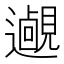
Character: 𨘵